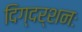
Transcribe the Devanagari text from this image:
दिग्दर्शनः